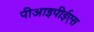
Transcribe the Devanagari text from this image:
पीआइपीईएस